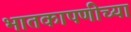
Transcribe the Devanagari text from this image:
भातकापणीच्या